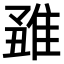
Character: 𨿊